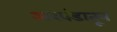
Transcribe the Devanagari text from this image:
अखंडातून